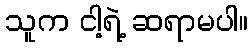
သူက ငါ့ရဲ့ ဆရာမပါ။